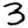
Digit: 3